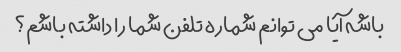
باشه آیا می توانم شماره تلفن شما را داشته باشم؟